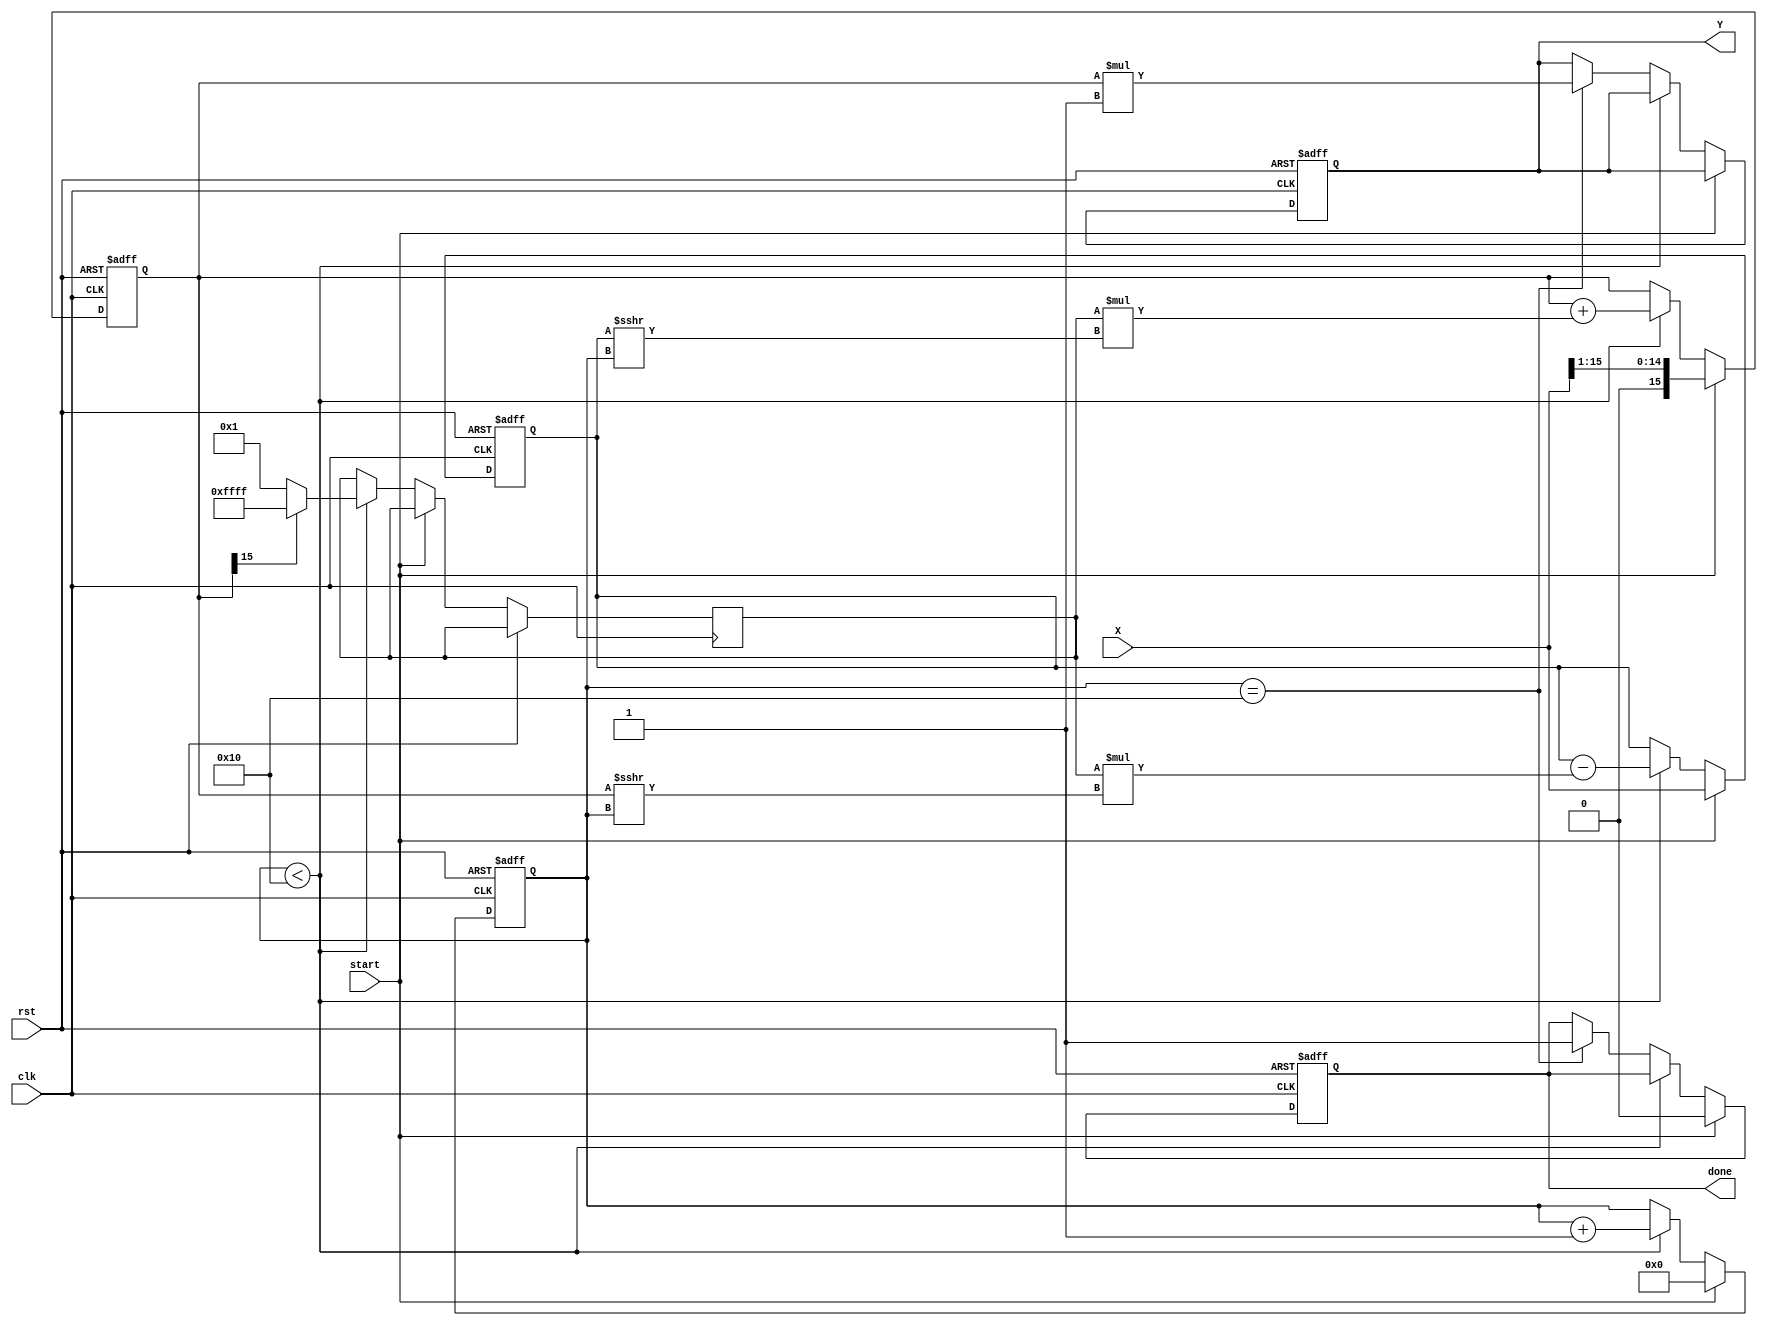
module cordic_sqrt #(
    parameter WIDTH = 16,          // Width of input and output
    parameter ITERATIONS = 16      // Number of CORDIC iterations
)(
    input wire clk,                // Clock signal
    input wire rst,                // Reset signal
    input wire [WIDTH-1:0] X,      // Input value (fixed-point)
    input wire start,              // Start signal
    output reg [WIDTH-1:0] Y,      // Output value (square root)
    output reg done                // Done signal
);

    // Internal registers
    reg [WIDTH-1:0] x_reg, y_reg;  // Current x and y values
    reg [4:0] count;                // Iteration counter
    reg [WIDTH-1:0] angle;          // Angle for rotation
    reg [WIDTH-1:0] d;              // Direction

    // CORDIC gain for square root approximation
    localparam FIXED_POINT_GAIN = {1'b0, 1'b0, 1'b0, 1'b0, 1'b0, 1'b0, 1'b0, 1'b0, 1'b0, 1'b0, 1'b0, 1'b0, 1'b0, 1'b0, 1'b1}; // 1.0 in fixed-point
    
    // Initialize angles for iterations
    reg [WIDTH-1:0] angles [0:ITERATIONS-1];
    initial begin
        angles[0] = 16'h1C71; // atan(2^0)
        angles[1] = 16'h1A8A; // atan(2^-1)
        angles[2] = 16'h1735; // atan(2^-2)
        angles[3] = 16'h14D5; // atan(2^-3)
        angles[4] = 16'h12E4; // atan(2^-4)
        angles[5] = 16'h1132; // atan(2^-5)
        angles[6] = 16'h0F9A; // atan(2^-6)
        angles[7] = 16'h0E38; // atan(2^-7)
        angles[8] = 16'h0D30; // atan(2^-8)
        angles[9] = 16'h0C4D; // atan(2^-9)
        angles[10] = 16'h0B8C; // atan(2^-10)
        angles[11] = 16'h0AB4; // atan(2^-11)
        angles[12] = 16'h09E0; // atan(2^-12)
        angles[13] = 16'h090E; // atan(2^-13)
        angles[14] = 16'h083A; // atan(2^-14)
        angles[15] = 16'h0771; // atan(2^-15)
    end

    // State machine for the CORDIC iterations
    always @(posedge clk or posedge rst) begin
        if (rst) begin
            Y <= 0;
            done <= 0;
            count <= 0;
            x_reg <= 0;
            y_reg <= 0;
        end else if (start) begin
            // Initialize the algorithm
            x_reg <= X;
            y_reg <= X >> 1; // Initial guess Y0 = X / 2
            count <= 0;
            done <= 0;
        end else if (count < ITERATIONS) begin
            // Direction determination
            if (y_reg[WIDTH-1] == 1) begin
                d <= -1; // Rotate clockwise
            end else begin
                d <= 1; // Rotate counter-clockwise
            end
            
            // Perform the CORDIC rotation
            x_reg <= x_reg - (d * (y_reg >>> count));
            y_reg <= y_reg + (d * (x_reg >>> count));
            
            // Increment the counter
            count <= count + 1;
        end else if (count == ITERATIONS) begin
            // Set output and done signal
            Y <= y_reg * FIXED_POINT_GAIN; // Scale to fixed-point
            done <= 1;
        end
    end
endmodule